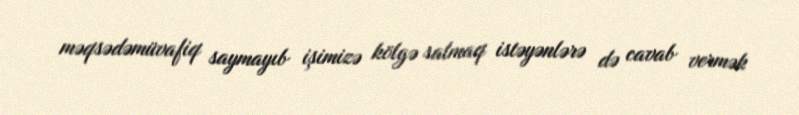
məqsədəmüvafiq saymayıb işimizə kölgə salmaq istəyənlərə də cavab vermək